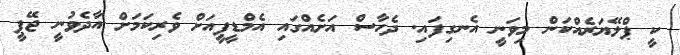
ކީ ޕްލޭޔަރެއްކަން މިވަނީ އެނގިފައި. ދެހާސް އަށެއްގައި އެމްޑީޕީއަށް ވެރިކަމަށް އާދެވުނީ ޖޭޕީ